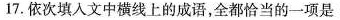
17.依次填入文中横线上的成语，全都恰当的一项是